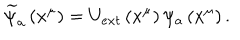
\widetilde { \psi } _ { a } \left( x ^ { \mu } \right) = U _ { e x t } \left( x ^ { \mu } \right) \psi _ { a } \left( x ^ { \mu } \right) .